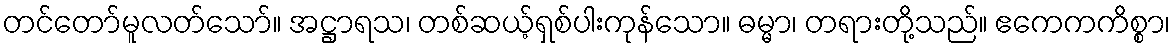
တင်တော်မူလတ်သော်။ အဋ္ဌာရသ၊ တစ်ဆယ့်ရှစ်ပါးကုန်သော။ ဓမ္မာ၊ တရားတို့သည်။ ဧကေကကိစ္စာ၊